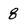
Character: 8